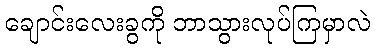
ချောင်းလေးခွကို ဘာသွားလုပ်ကြမှာလဲ